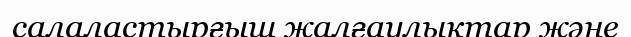
салаластырғыш жалғаулықтар және